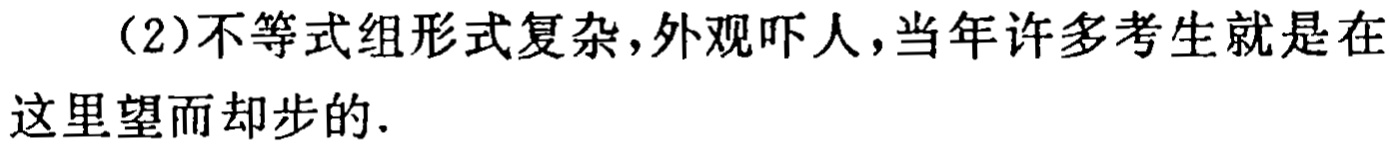
（2）不等式组形式复杂，外观吓人，当年许多考生就是在这里望而却步的.